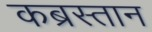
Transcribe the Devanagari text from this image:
कब्रस्‍तान